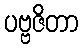
ပဗ္ဗဇိတာ